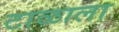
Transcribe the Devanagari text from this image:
टाळाला